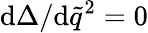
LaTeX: \mathrm{d}\Delta/\mathrm{d}\tilde{{q}}^{2}=0